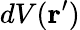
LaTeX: dV(\mathbf{r}^{\prime})